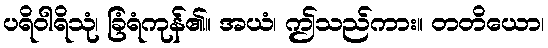
ပရိဝါရိသုံ၊ ခြံရံကုန်၏။ အယံ၊ ဤသည်ကား။ တတိယော၊